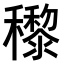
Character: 𥣵